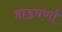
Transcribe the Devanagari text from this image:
हाडवर्णा